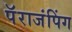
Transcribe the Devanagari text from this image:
पॅराजंपिंग